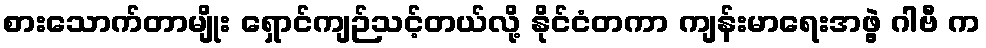
စားသောက်တာမျိုး ရှောင်ကျဉ်သင့်တယ်လို့ နိုင်ငံတကာ ကျန်းမာရေးအဖွဲ့ ဂါဗီ က